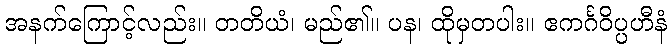
အနက်ကြောင့်လည်း။ တတိယံ၊ မည်၏။ ပန၊ ထိုမှတပါး။ ဧကင်္ဂဝိပ္ပဟီနံ